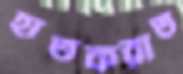
হাতকরাত